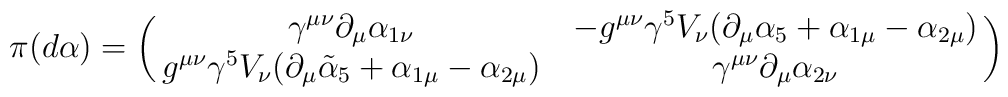
\pi(d\alpha)=\pmatrix { \gamma^{\mu\nu}\partial_{\mu}\alpha_{1\nu}& -g^{\mu\nu}\gamma^5V_{\nu}(\partial_{\mu}\alpha_5+\alpha_{1\mu}-\alpha_{2\mu}) \cr g^{\mu\nu}\gamma^5V_{\nu}(\partial_{\mu}\tilde \alpha_5+\alpha_{1\mu}-\alpha_{2\mu}) & \gamma^{\mu\nu}\partial_{\mu}\alpha_{2\nu} }